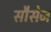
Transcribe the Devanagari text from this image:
सौसेज